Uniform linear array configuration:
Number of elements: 64
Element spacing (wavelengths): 0.75
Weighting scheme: hamming
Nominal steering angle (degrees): -30
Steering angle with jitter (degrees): -31.091
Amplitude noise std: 0.05
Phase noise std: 0.05

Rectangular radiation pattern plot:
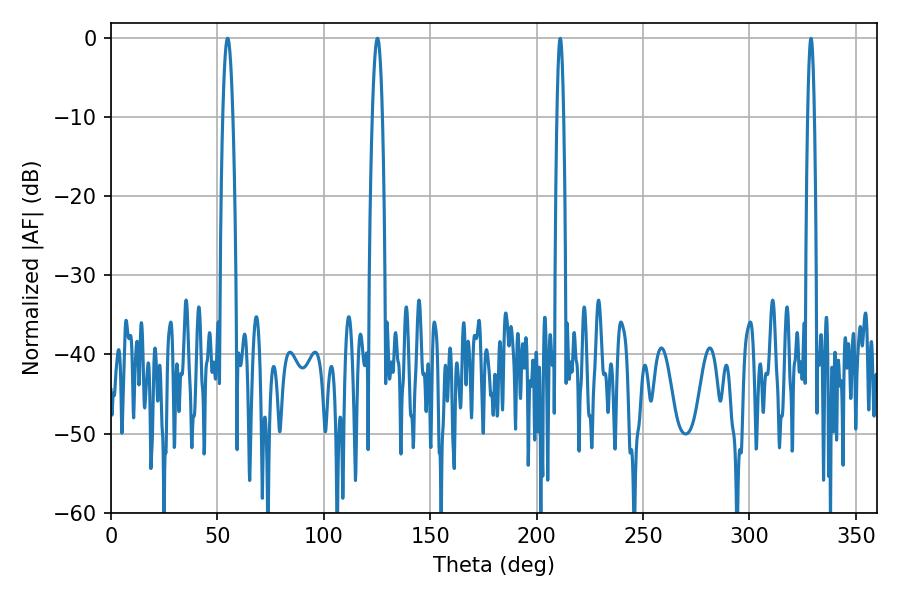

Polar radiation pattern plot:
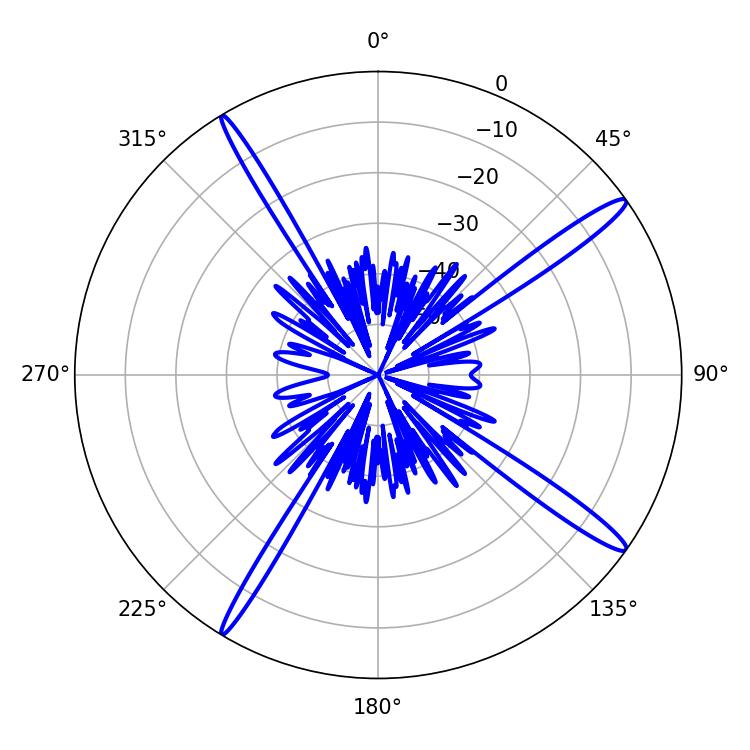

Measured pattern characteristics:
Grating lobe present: TRUE
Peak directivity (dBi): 16.304
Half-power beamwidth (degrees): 2.7
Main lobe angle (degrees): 54.72